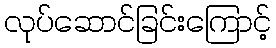
လုပ်ဆောင်ခြင်းကြောင့်